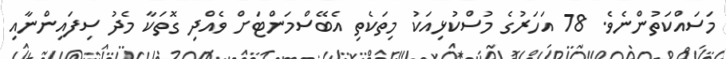
މަސައްކަތުންނެވެ. 78 އަހަރުގެ މުސްކުޅިއަކު މިތަކެތި އެބޭސްމަންޓަށް ވެއްދި ގޮތަކާ މެދު ސިފައިންނާއި